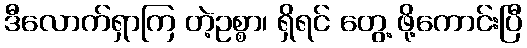
ဒီလောက်ရှာကြ တဲ့ဥစ္စာ၊ ရှိရင် တွေ့ ဖို့ကောင်းပြီ